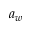
a _ { w }